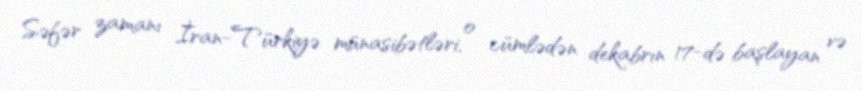
Səfər zamanı İran-Türkiyə münasibətləri, o cümlədən dekabrın 17-də başlayan və